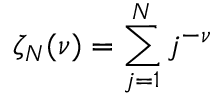
\zeta _ { N } ( \nu ) = \sum _ { j = 1 } ^ { N } j ^ { - \nu }